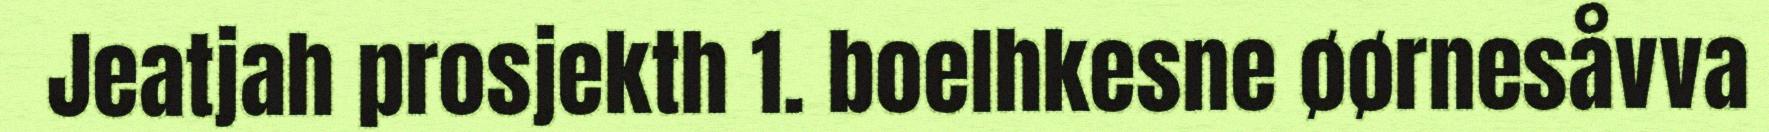
Jeatjah prosjekth 1. boelhkesne øørnesåvva